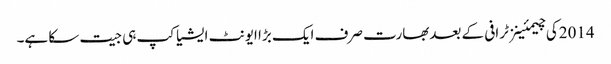
2014کی چیمئینز ٹرافی کے بعدبھارت صرف ایک بڑا ایونٹ ایشیا کپ ہی جیت سکا ہے۔